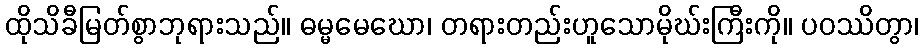
ထိုသိခီမြတ်စွာဘုရားသည်။ ဓမ္မမေဃော၊ တရားတည်းဟူသောမိုဃ်းကြီးကို။ ပဝဿိတွာ၊